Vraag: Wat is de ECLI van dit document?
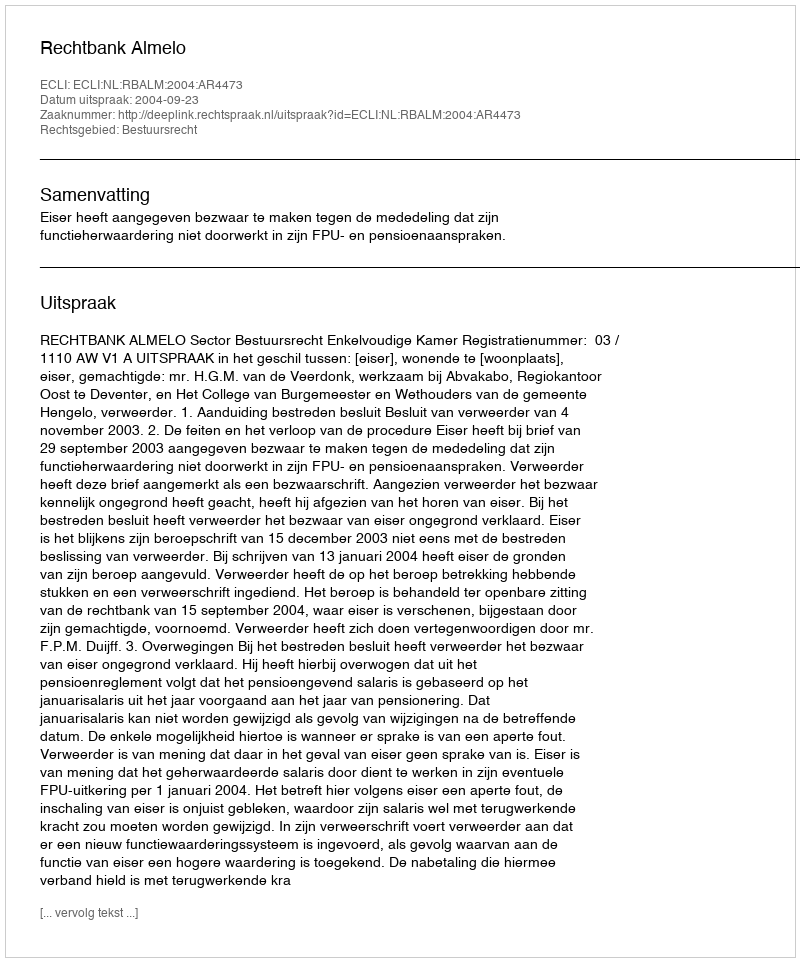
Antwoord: ECLI:NL:RBALM:2004:AR4473